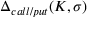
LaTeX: \Delta _ { c a l l / p u t } ( K , \sigma )